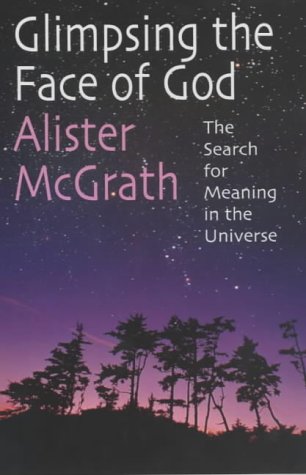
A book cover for Glimpsing the Face of God: The Search for Meaning in the Universe; Alister E. McGrath; Religion & Spirituality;